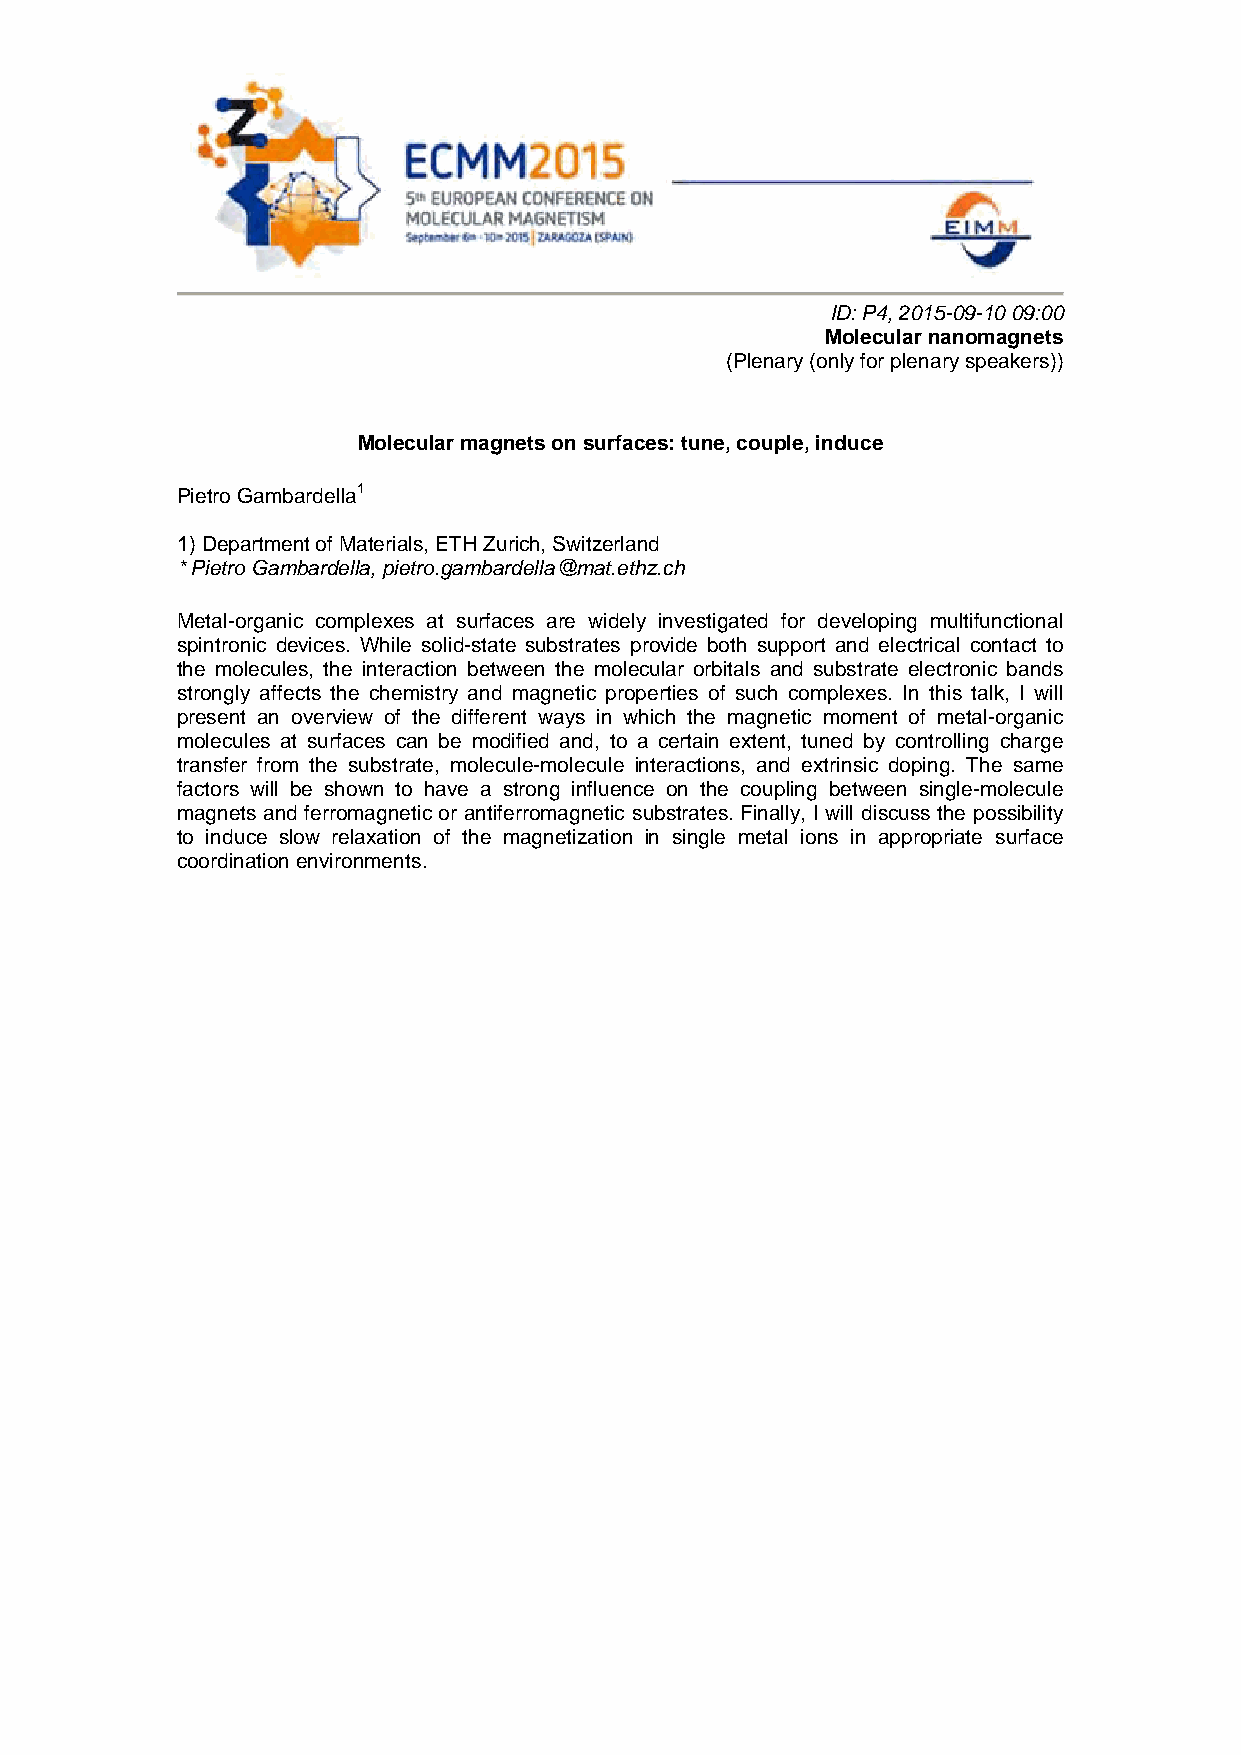
ID: P4, 2015-09-10 09:00
 Molecular nanomagnets
 (Plenary (only for plenary speakers))
 Molecular magnets on surfaces: tune, couple, induce
 Pietro Gambardella1
 1) Department of Materials, ETH Zurich, Switzerland
 * Pietro Gambardella, pietro.gambardella@mat.ethz.ch
 Metal-organic complexes at surfaces are widely investigated for developing multifunctional
 spintronic devices. While solid-state substrates provide both support and electrical contact to
 the molecules, the interaction between the molecular orbitals and substrate electronic bands
 strongly affects the chemistry and magnetic properties of such complexes. In this talk, I will
 present an overview of the different ways in which the magnetic moment of metal-organic
 molecules at surfaces can be modified and, to a certain extent, tuned by controlling charge
 transfer from the substrate, molecule-molecule interactions, and extrinsic doping. The same
 factors will be shown to have a strong influence on the coupling between single-molecule
 magnets and ferromagnetic or antiferromagnetic substrates. Finally, I will discuss the possibility
 to induce slow relaxation of the magnetization in single metal ions in appropriate surface
 coordination environments.